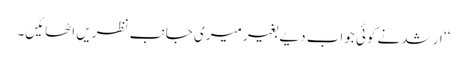
‘‘ ارشد نے کوئی جواب دیے بغیر میری جانب نظریں اٹھائیں۔